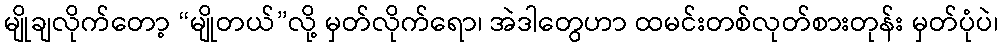
မျိုချလိုက်တော့ “မျိုတယ်”လို့ မှတ်လိုက်ရော၊ အဲဒါတွေဟာ ထမင်းတစ်လုတ်စားတုန်း မှတ်ပုံပဲ၊